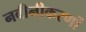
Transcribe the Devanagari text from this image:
नवीनीकरणों